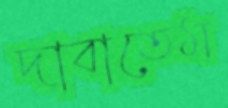
দাবাতেম